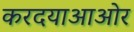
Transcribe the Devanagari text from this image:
करदयाआओर